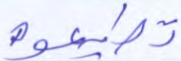
تطيعوه